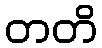
တတိ